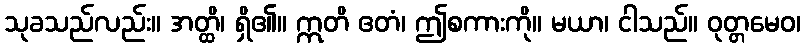
သုခသည်လည်း။ အတ္ထိ၊ ရှိ၏။ ဣတိ ဧတံ၊ ဤစကားကို။ မယာ၊ ငါသည်။ ဝုတ္တမေဝ၊